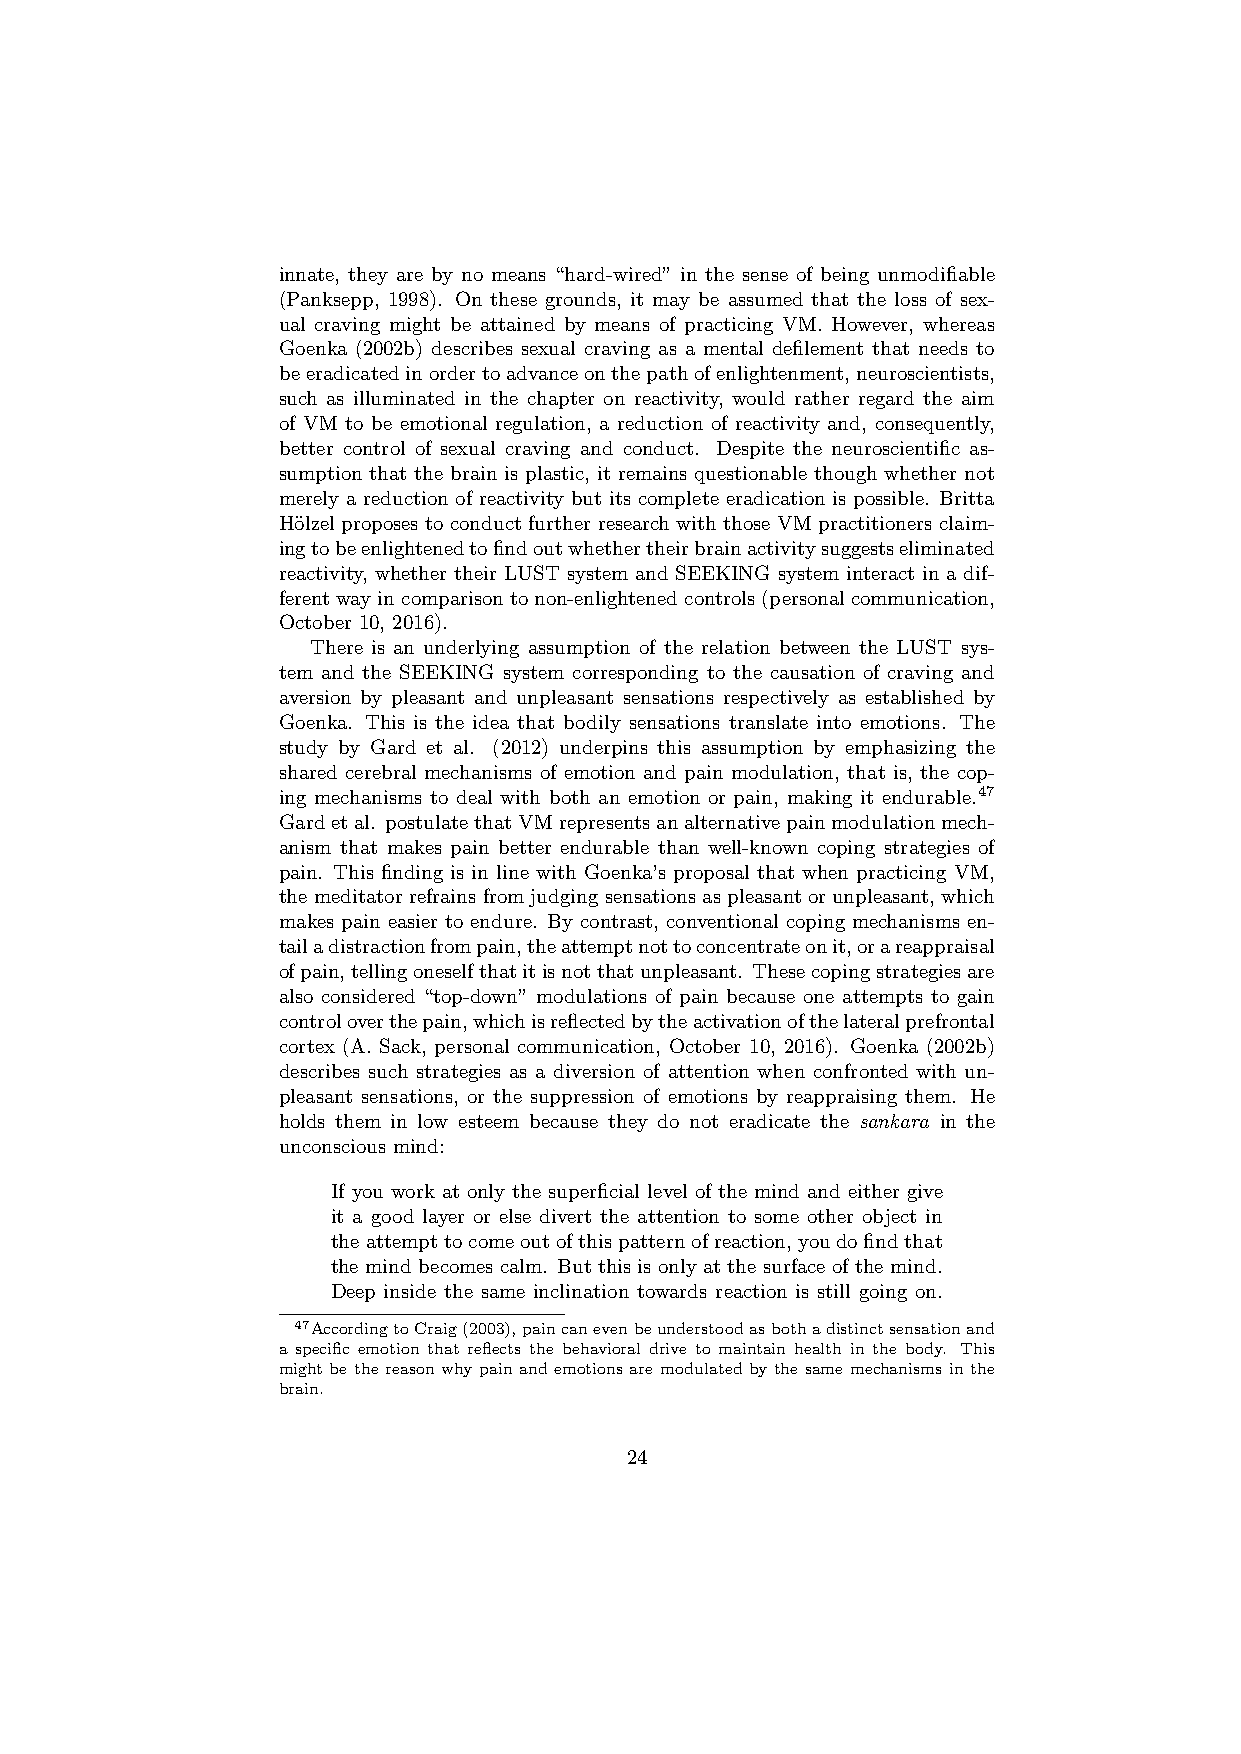
innate, they are by no means “hard-wired” in the sense of being unmodifiable
 (Panksepp, 1998). On these grounds, it may be assumed that the loss of sex-
 ual craving might be attained by means of practicing VM. However, whereas
 Goenka (2002b) describes sexual craving as a mental defilement that needs to
 beeradicatedinordertoadvanceonthepathofenlightenment,neuroscientists,
 such as illuminated in the chapter on reactivity, would rather regard the aim
 of VM to be emotional regulation, a reduction of reactivity and, consequently,
 better control of sexual craving and conduct. Despite the neuroscientific as-
 sumption that the brain is plastic, it remains questionable though whether not
 merely a reduction of reactivity but its complete eradication is possible. Britta
 H¨olzel proposes to conduct further research with those VM practitioners claim-
 ingtobeenlightenedtofindoutwhethertheirbrainactivitysuggestseliminated
 reactivity, whether their LUST system and SEEKING system interact in a dif-
 ferentwayincomparisontonon-enlightenedcontrols(personalcommunication,
 October 10, 2016).
 There is an underlying assumption of the relation between the LUST sys-
 tem and the SEEKING system corresponding to the causation of craving and
 aversion by pleasant and unpleasant sensations respectively as established by
 Goenka. This is the idea that bodily sensations translate into emotions. The
 study by Gard et al. (2012) underpins this assumption by emphasizing the
 shared cerebral mechanisms of emotion and pain modulation, that is, the cop-
 ing mechanisms to deal with both an emotion or pain, making it endurable.47
 Gardetal. postulatethatVMrepresentsanalternativepainmodulationmech-
 anism that makes pain better endurable than well-known coping strategies of
 pain. This finding is in line with Goenka’s proposal that when practicing VM,
 themeditatorrefrainsfromjudgingsensationsaspleasantorunpleasant, which
 makes pain easier to endure. By contrast, conventional coping mechanisms en-
 tailadistractionfrompain,theattemptnottoconcentrateonit,orareappraisal
 ofpain,tellingoneselfthatitisnotthatunpleasant. Thesecopingstrategiesare
 also considered “top-down” modulations of pain because one attempts to gain
 controloverthepain,whichisreflectedbytheactivationofthelateralprefrontal
 cortex (A. Sack, personal communication, October 10, 2016). Goenka (2002b)
 describes such strategies as a diversion of attention when confronted with un-
 pleasant sensations, or the suppression of emotions by reappraising them. He
 holds them in low esteem because they do not eradicate the sankara in the
 unconscious mind:
 If you work at only the superficial level of the mind and either give
 it a good layer or else divert the attention to some other object in
 theattempttocomeoutofthispatternofreaction,youdofindthat
 the mind becomes calm. But this is only at the surface of the mind.
 Deep inside the same inclination towards reaction is still going on.
 47AccordingtoCraig(2003),paincanevenbeunderstoodasbothadistinctsensationand
 a specific emotion that reflects the behavioral drive to maintain health in the body. This
 might be the reason why pain and emotions are modulated by the same mechanisms in the
 brain.
 24